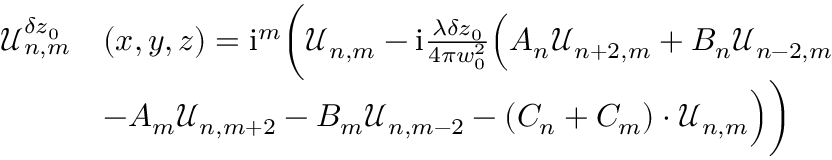
\begin{array} { r l } { \mathcal { U } _ { n , m } ^ { \delta z _ { 0 } } } & { ( x , y , z ) = \mathrm { i } ^ { m } \bigg ( \mathcal { U } _ { n , m } - \mathrm { i } \frac { \lambda \delta z _ { 0 } } { 4 \pi w _ { 0 } ^ { 2 } } \Big ( A _ { n } \mathcal { U } _ { n + 2 , m } + B _ { n } \mathcal { U } _ { n - 2 , m } } \\ & { - A _ { m } \mathcal { U } _ { n , m + 2 } - B _ { m } \mathcal { U } _ { n , m - 2 } - ( C _ { n } + C _ { m } ) \cdot \mathcal { U } _ { n , m } \Big ) \bigg ) } \end{array}